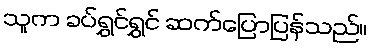
သူက ခပ်ရွှင်ရွှင် ဆက်ပြောပြန်သည်။